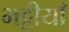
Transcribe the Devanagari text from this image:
भट्टीयाँ